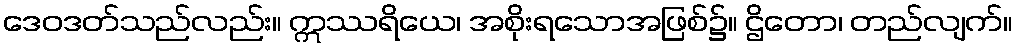
ဒေဝဒတ်သည်လည်း။ ဣဿရိယေ၊ အစိုးရသောအဖြစ်၌။ ဌိတော၊ တည်လျက်။